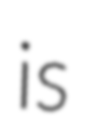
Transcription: is